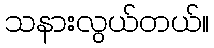
သနားလွယ်တယ်။